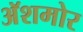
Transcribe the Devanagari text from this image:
अॅशमोर